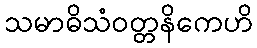
သမာဓိသံဝတ္တနိကေဟိ